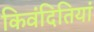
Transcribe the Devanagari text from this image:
किवंदितियां